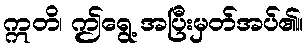
ဣတိ၊ ဤရွေ့ အပြီးမှတ်အပ်၏။